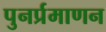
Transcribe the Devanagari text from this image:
पुनर्प्रमाणन